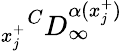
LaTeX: {_{x_{j}^{+}}}^{C}D_{\infty}^{\alpha(x_{j}^{+})}